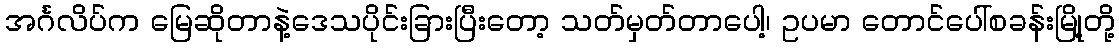
အင်္ဂလိပ်က မြေဆိုတာနဲ့ဒေသပိုင်းခြားပြီးတော့ သတ်မှတ်တာပေါ့၊ ဥပမာ တောင်ပေါ်စခန်းမြို့တို့